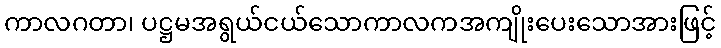
ကာလဂတာ၊ ပဋ္ဌမအရွယ်ငယ်သောကာလကအကျိုးပေးသောအားဖြင့်